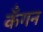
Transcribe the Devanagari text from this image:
कँगन